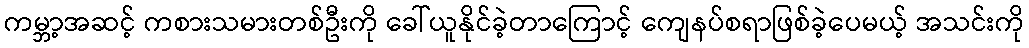
ကမ္ဘာ့အဆင့် ကစားသမားတစ်ဦးကို ခေါ်ယူနိုင်ခဲ့တာကြောင့် ကျေနပ်စရာဖြစ်ခဲ့ပေမယ့် အသင်းကို